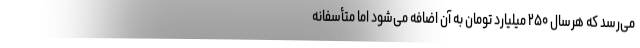
می‌رسد که هرسال ۲۵۰ میلیارد تومان به آن اضافه می‌شود اما متأسفانه